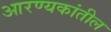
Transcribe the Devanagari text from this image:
आरण्यकांतील